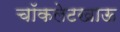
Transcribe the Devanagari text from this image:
चॉकलेटखाऊ